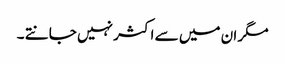
مگر ان میں سے اکثر نہیں جانتے ۔